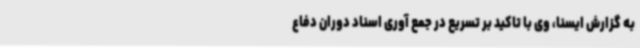
به گزارش ایسنا، وی با تاکید بر تسریع در جمع آوری اسناد دوران دفاع